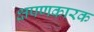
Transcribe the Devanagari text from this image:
क्षपणकारक